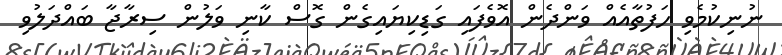
ނުނިކުމެވި ހަފުތާއެއް ވަންދެން އޮވެފައި ގަޑިކިޔައިގެން ގޮސް ކާނި ވަލުން ސިރާޖާ ބައްދަލުވި